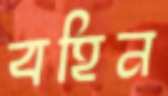
বহিন